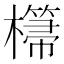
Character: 𣞂